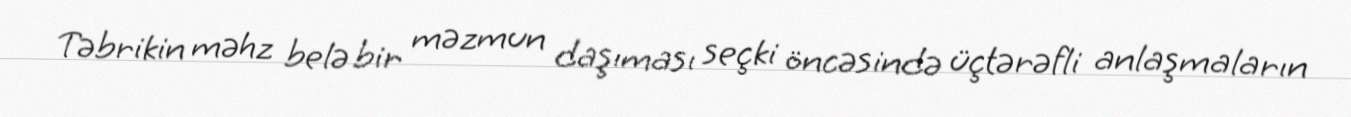
Təbrikin məhz belə bir məzmun daşıması seçki öncəsində üçtərəfli anlaşmaların